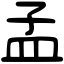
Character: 孟